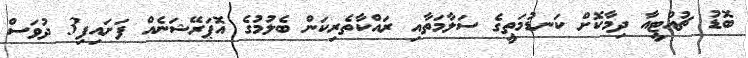
ބޮޑު ޗުއްޓީއާ ދިމާކޮށް ކަނޑުމަތީގެ ސަލާމަތާއި ރައްކާތެރިކަން ބެލުމުގެ އޮޕަރޭޝަނެއް ފަށައިފި3 ދުވަސް